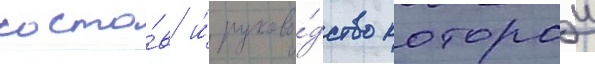
соста́в и́ руково́дство которои